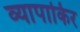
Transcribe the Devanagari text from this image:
व्यापाकिर